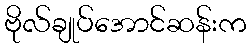
ဗိုလ်ချုပ်အောင်ဆန်းက